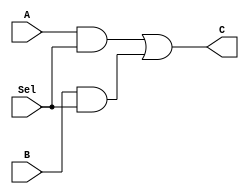
`timescale 1ns / 1ps
//////////////////////////////////////////////////////////////////////////////////
// Company: 
// Engineer: 
// 
// Design Name: 
// Module Name: shift_reg
// Project Name: 
// Target Devices: 
// Tool Versions: 
// Description: 
// 
// Dependencies: 
// 
// Revision:
// Revision 0.01 - File Created
// Additional Comments:
// 
//////////////////////////////////////////////////////////////////////////////////


module mux(
    input A,
    input B,
    input Sel,
    output C
    );
    
    
    assign C = (A & Sel) | (B & Sel);
    
endmodule